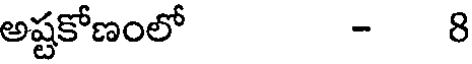
అష్టకోణంలో - 8